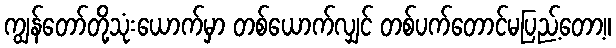
ကျွန်တော်တို့သုံးယောက်မှာ တစ်ယောက်လျှင် တစ်ပက်တောင်မပြည့်တော့။